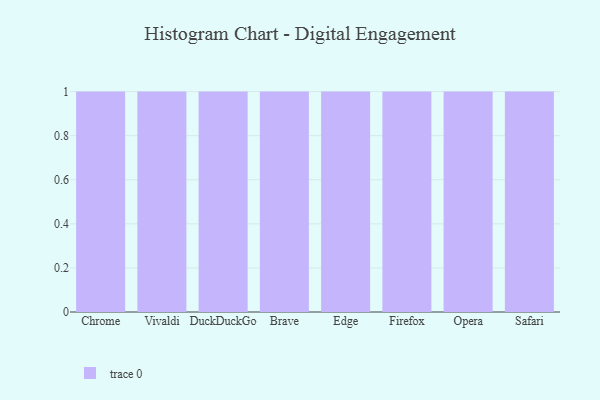
{"axis": {"x": "Browser", "y": "Website Visitors"}, "legend": [""], "data": [{"x": "Chrome", "y": 37, "type": ""}, {"x": "Vivaldi", "y": 69, "type": ""}, {"x": "DuckDuckGo", "y": 14, "type": ""}, {"x": "Brave", "y": 87, "type": ""}, {"x": "Edge", "y": 23, "type": ""}, {"x": "Firefox", "y": 16, "type": ""}, {"x": "Opera", "y": 33, "type": ""}, {"x": "Safari", "y": 43, "type": ""}]}